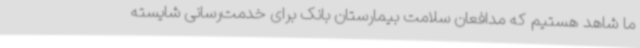
ما شاهد هستیم که مدافعان سلامت بیمارستان بانک برای خدمت‌رسانی شایسته